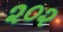
૨૦૨